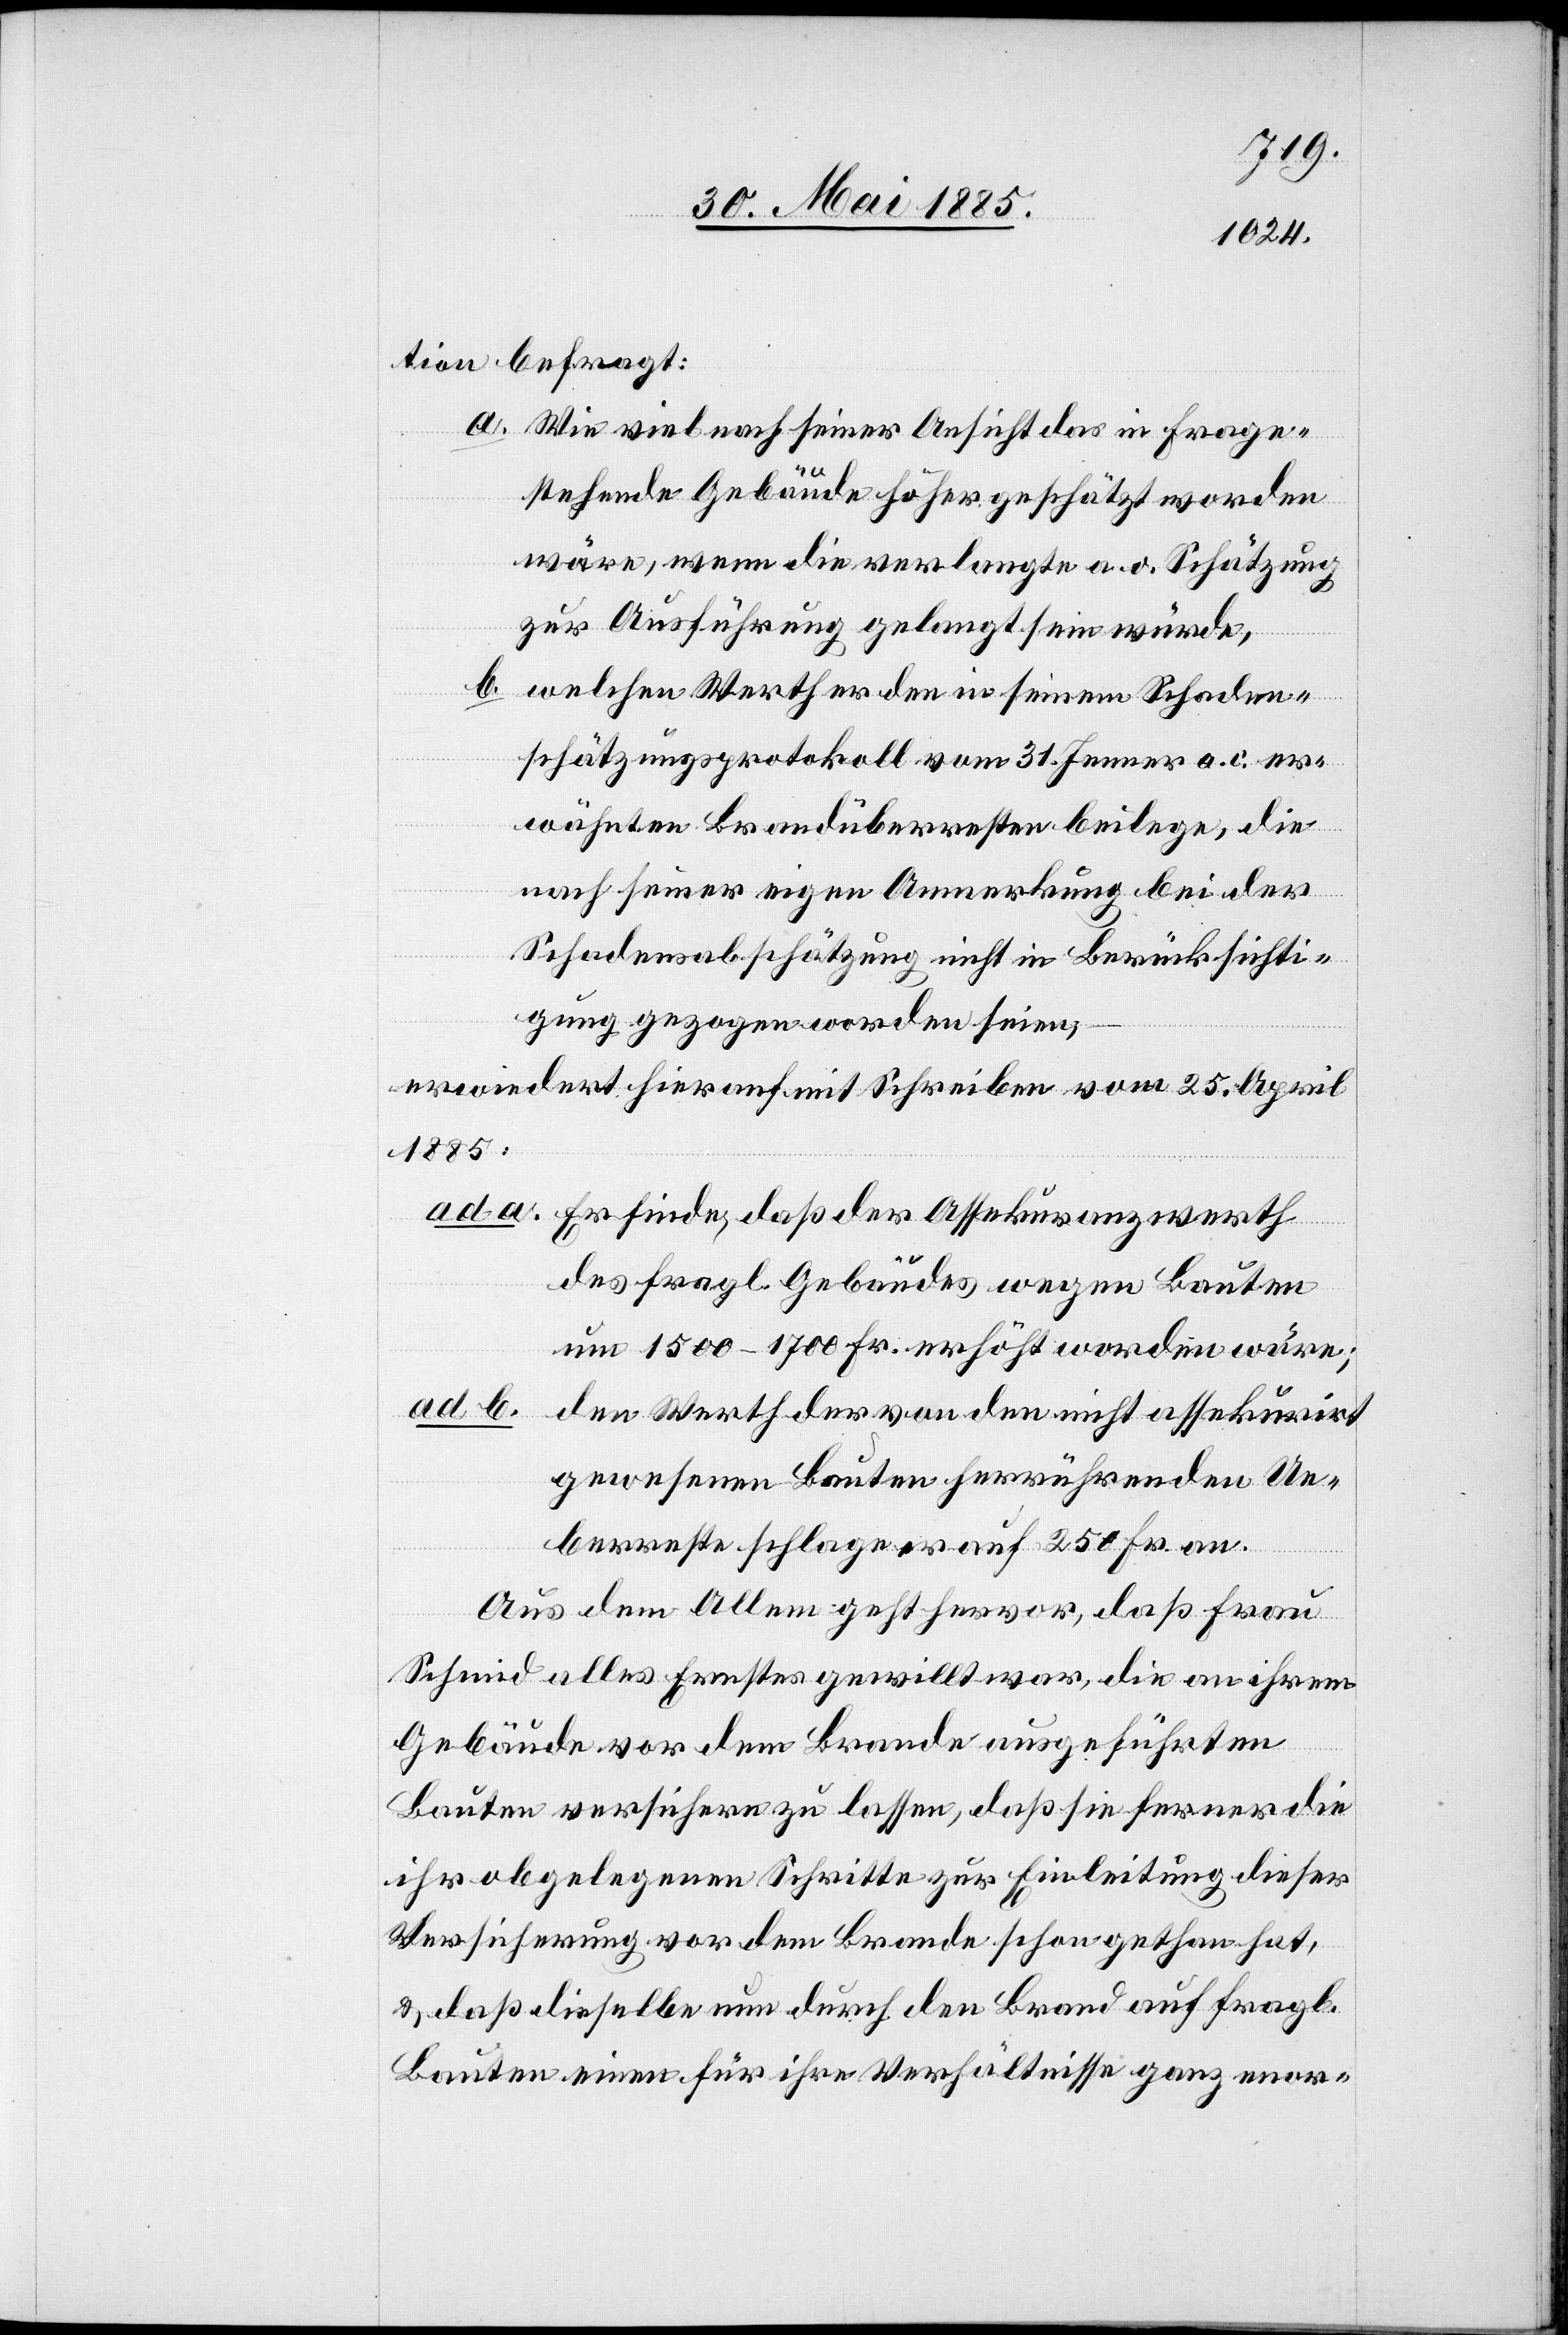
tion befragt:
a. Wie viel nach seiner Ansicht das in frage¬
stehende Gebäude höher geschätzt worden
wäre, wenn die verlangte a. o. Schätzung
zur Ausführung gelangt sein würde,
b.
welchen Werth er den in seinem Schaden¬
schätzungsprotokoll vom 31. Januar a. c. er¬
wähnten Brandüberresten beilege, die
nach seiner eigen[en] Anmerkung bei der
Schadenabschätzung nicht in Berücksichti¬
gung gezogen worden seien,
erwidert hierauf mit Schreiben vom 25. April
1885:
ad a.
Er finde, daß der Assekuranzwerth
des fragl. Gebäudes wegen Bauten
um 1500–1700 Fr. erhöht worden wäre;
ab b.
den Werth der von den nicht assekurirt
gewesenen Bauten herrührenden Ue¬
berresten schlage er auf 250 Fr. an.
Aus dem Allem geht hervor, daß Frau
Schmid allen Ernstes gewillt war, die an ihrem
Gebäude vor dem Brande ausgeführten
Bauten versichern zu lassen, daß sie ferner die
ihr abgelegenen Schritte zur Einleitung dieser
Versicherung vor dem Brande schon gethan hat,
& daß dieselbe nun durch den Brand auf fragl.
Bauten einen für ihre Verhältnisse ganz enor-